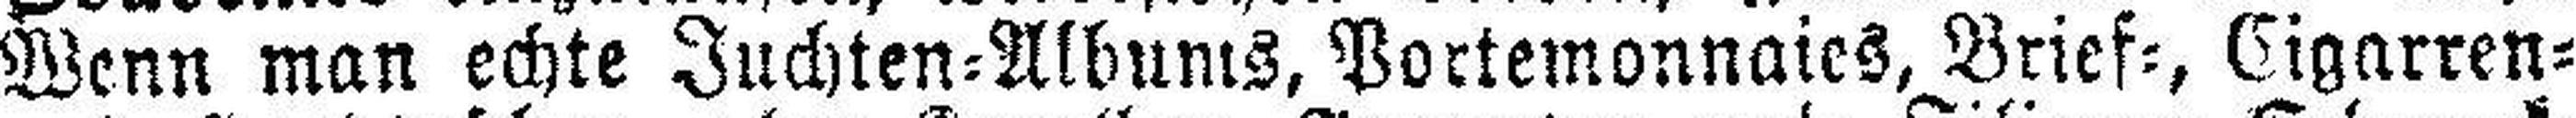
Wenn man echte Juchten=Albums, Portemonnaies, Brief=, Cigarren¬